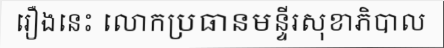
រឿងនេះ លោកប្រធានមន្ទីរសុខាភិបាល